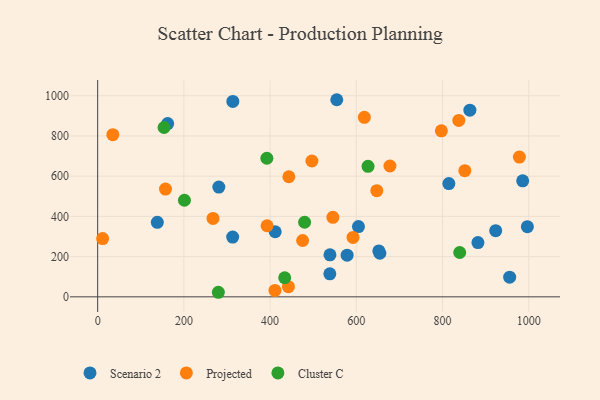
{"axis": {"x": "Experience", "y": "Sales"}, "legend": ["Cluster C", "Projected", "Scenario 2"], "data": [{"x": "411.9", "y": 323.6, "type": "Scenario 2"}, {"x": "654.7", "y": 216.7, "type": "Scenario 2"}, {"x": "882.2", "y": 269.7, "type": "Scenario 2"}, {"x": "313.6", "y": 971.8, "type": "Scenario 2"}, {"x": "281.1", "y": 545.8, "type": "Scenario 2"}, {"x": "313.2", "y": 297.0, "type": "Scenario 2"}, {"x": "538.9", "y": 209.0, "type": "Scenario 2"}, {"x": "605.0", "y": 349.2, "type": "Scenario 2"}, {"x": "578.7", "y": 207.3, "type": "Scenario 2"}, {"x": "986.0", "y": 576.9, "type": "Scenario 2"}, {"x": "863.5", "y": 928.4, "type": "Scenario 2"}, {"x": "162.4", "y": 861.8, "type": "Scenario 2"}, {"x": "652.3", "y": 228.3, "type": "Scenario 2"}, {"x": "138.4", "y": 370.6, "type": "Scenario 2"}, {"x": "554.7", "y": 980.2, "type": "Scenario 2"}, {"x": "996.9", "y": 349.1, "type": "Scenario 2"}, {"x": "955.8", "y": 97.6, "type": "Scenario 2"}, {"x": "814.7", "y": 563.0, "type": "Scenario 2"}, {"x": "538.6", "y": 114.6, "type": "Scenario 2"}, {"x": "923.4", "y": 329.0, "type": "Scenario 2"}, {"x": "797.4", "y": 825.6, "type": "Projected"}, {"x": "411.3", "y": 31.7, "type": "Projected"}, {"x": "851.8", "y": 627.2, "type": "Projected"}, {"x": "35.2", "y": 806.6, "type": "Projected"}, {"x": "11.5", "y": 289.6, "type": "Projected"}, {"x": "592.4", "y": 295.6, "type": "Projected"}, {"x": "475.5", "y": 280.2, "type": "Projected"}, {"x": "267.6", "y": 390.0, "type": "Projected"}, {"x": "393.0", "y": 353.6, "type": "Projected"}, {"x": "497.0", "y": 675.4, "type": "Projected"}, {"x": "157.4", "y": 535.7, "type": "Projected"}, {"x": "647.6", "y": 528.0, "type": "Projected"}, {"x": "618.7", "y": 892.8, "type": "Projected"}, {"x": "678.1", "y": 650.6, "type": "Projected"}, {"x": "443.5", "y": 597.1, "type": "Projected"}, {"x": "837.8", "y": 877.4, "type": "Projected"}, {"x": "442.5", "y": 50.5, "type": "Projected"}, {"x": "978.3", "y": 695.1, "type": "Projected"}, {"x": "545.7", "y": 395.5, "type": "Projected"}, {"x": "154.0", "y": 842.2, "type": "Cluster C"}, {"x": "392.5", "y": 689.2, "type": "Cluster C"}, {"x": "433.9", "y": 94.9, "type": "Cluster C"}, {"x": "480.1", "y": 371.0, "type": "Cluster C"}, {"x": "839.9", "y": 220.4, "type": "Cluster C"}, {"x": "280.0", "y": 22.7, "type": "Cluster C"}, {"x": "627.2", "y": 649.0, "type": "Cluster C"}, {"x": "201.3", "y": 480.4, "type": "Cluster C"}]}